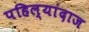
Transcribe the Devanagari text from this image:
पहिल्यांदाज